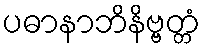
ပဓာနာဘိနိဗ္ဗတ္တံ